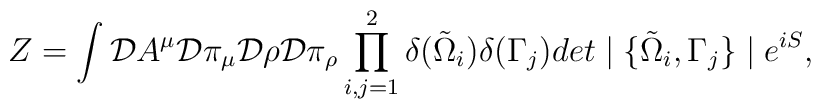
Z=  \int  {\cal D} A^\mu          {\cal D} \pi_\mu          {\cal D} \rho          {\cal D} \pi_\rho               \prod_{i,j = 1}^{2} \delta(\tilde{\Omega}_i)                           \delta(\Gamma_j)                det \mid \{ \tilde{\Omega}_i, \Gamma_j \} \mid                e^{iS},